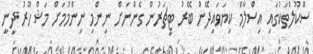
ސްކޫލްތަކުގައި އިސްލާމް ކިޔަވައިދޭން ބޭރު ޓީޗަރުން ގެންނަށް ނިންމި ނިންމުމަށް މަޝްހޫރު ދީނީ